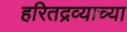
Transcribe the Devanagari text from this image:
हरितद्रव्याच्या